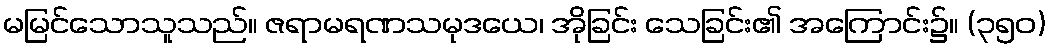
မမြင်သောသူသည်။ ဇရာမရဏသမုဒယေ၊ အိုခြင်း သေခြင်း၏ အကြောင်း၌။ (၃၅၀)